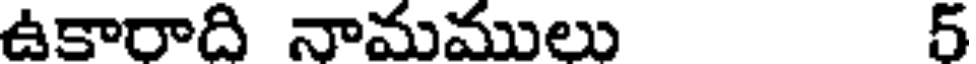
ఉకారాది నామములు 5